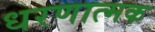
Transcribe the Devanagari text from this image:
धरणात्मक